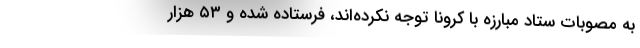
به مصوبات ستاد مبارزه با کرونا توجه نکرده‌اند، فرستاده شده و ۵۳ هزار